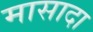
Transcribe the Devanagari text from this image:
मासादा